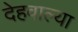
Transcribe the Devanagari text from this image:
देहवाल्या